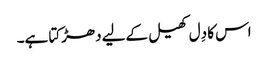
اس کا دِل کھیل کےلیے دھڑکتا ہے۔